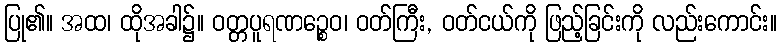
ပြု၏။ အထ၊ ထိုအခါ၌။ ဝတ္တပူရဏဉ္စေဝ၊ ဝတ်ကြီး, ဝတ်ငယ်ကို ဖြည့်ခြင်းကို လည်းကောင်း။